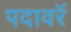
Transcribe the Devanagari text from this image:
पदावरॅ